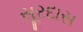
સૂરદાસ